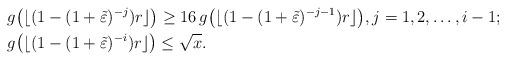
LaTeX: \begin{align*}& g\big(\lfloor(1-(1+\tilde\varepsilon)^{-j})r\rfloor\big)\geq 16\,g\big(\lfloor(1-(1+\tilde\varepsilon)^{-j-1})r\rfloor\big),j=1,2,\dots,i-1;\\& g\big(\lfloor(1-(1+\tilde\varepsilon)^{-i})r\rfloor\big)\leq \sqrt{x}.\end{align*}